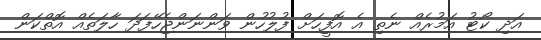
އަދި ކޯޓު އަމުރެއް ނެތި އެ އޮފީހަށް ފުލުހުން ވަންނަންޖެހޭފަދަ ހާލަތެއް އޮތްކަން